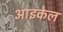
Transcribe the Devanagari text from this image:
आइकेल